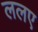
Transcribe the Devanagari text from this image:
ललए